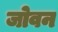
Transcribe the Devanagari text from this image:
जोवन